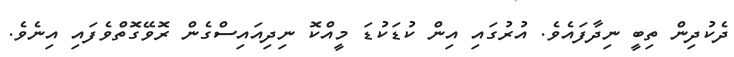
ދެކުދިން ތިބީ ނިދާފައެވެ. އުރުގައި އިން ކުޑަކުޑަ މީއްކޮ ނިދިއައިސްގެން ރޮވޭގޮތްވެފައި އިނެވެ.